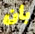
بأن